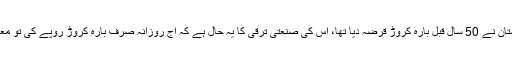
وہی جرمنی جسے پاکستان نے 50 سال قبل بارہ کروڑ قرضہ دیا تھا، اس کی صنعتی ترقی کا یہ حال ہے کہ آج روزانہ صرف بارہ کروڑ روپے کی تو معمولی پیرپن بنا ڈالتا ہے۔